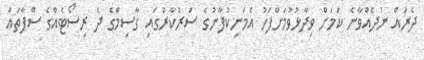
ދެރައް ނުދެއްވާނެ ކަމަށް ވިދާޅުވުމަށްފަހު އެމަނިކުފާނުގެ ސަރުކާރުގައި ގާސިމްގެ ދެ ރިސޯޓެއްގެ ސްޕާތައް